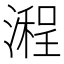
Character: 𣽿